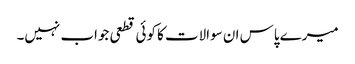
میرے پاس ان سوالات کا کوئی قطعی جواب نہیں۔